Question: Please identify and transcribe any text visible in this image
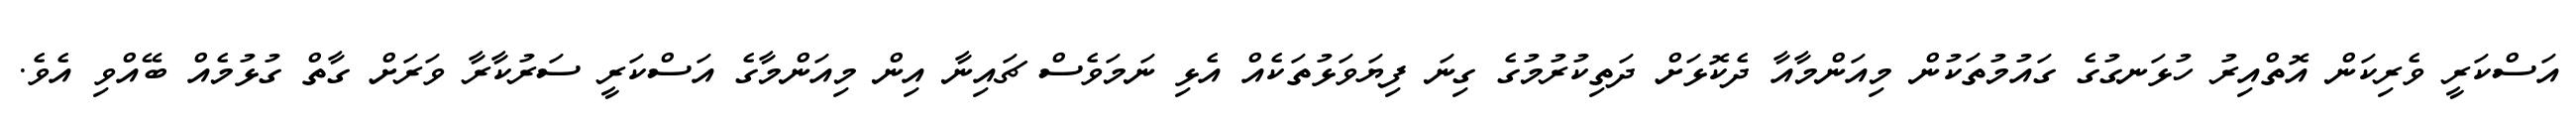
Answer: އަސްކަރީ ވެރިކަން އޮތްއިރު ހުޅަނގުގެ ގައުމުތަކުން މިއަންމާއާ ދެކޮޅަށް ދަތިކުރުމުގެ ގިނަ ފިޔަވަޅުތަކެއް އެޅި ނަމަވެސް ޗައިނާ އިން މިއަންމާގެ އަސްކަރީ ސަރުކާރާ ވަރަށް ގާތް ގުޅުމެއް ބޭއްވި އެވެ.